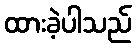
ထားခဲ့ပါသည်